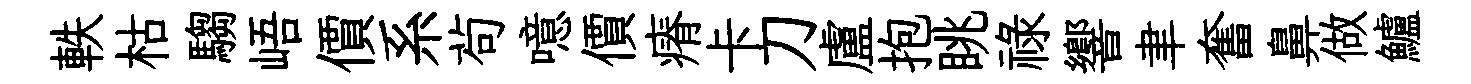
軼枯騶峿價系茍噫價瘠卡刀盧抱眺禄響聿奮鼻做鱸